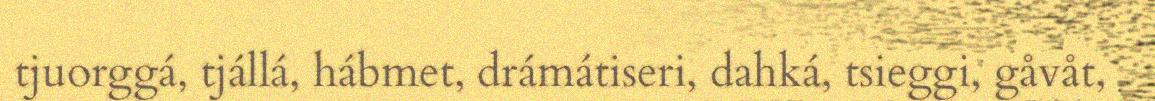
tjuorggá, tjállá, hábmet, drámátiseri, dahká, tsieggi, gåvåt,